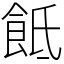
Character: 䬫